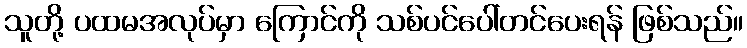
သူတို့ ပထမအလုပ်မှာ ကြောင်ကို သစ်ပင်ပေါ်တင်ပေးရန် ဖြစ်သည်။